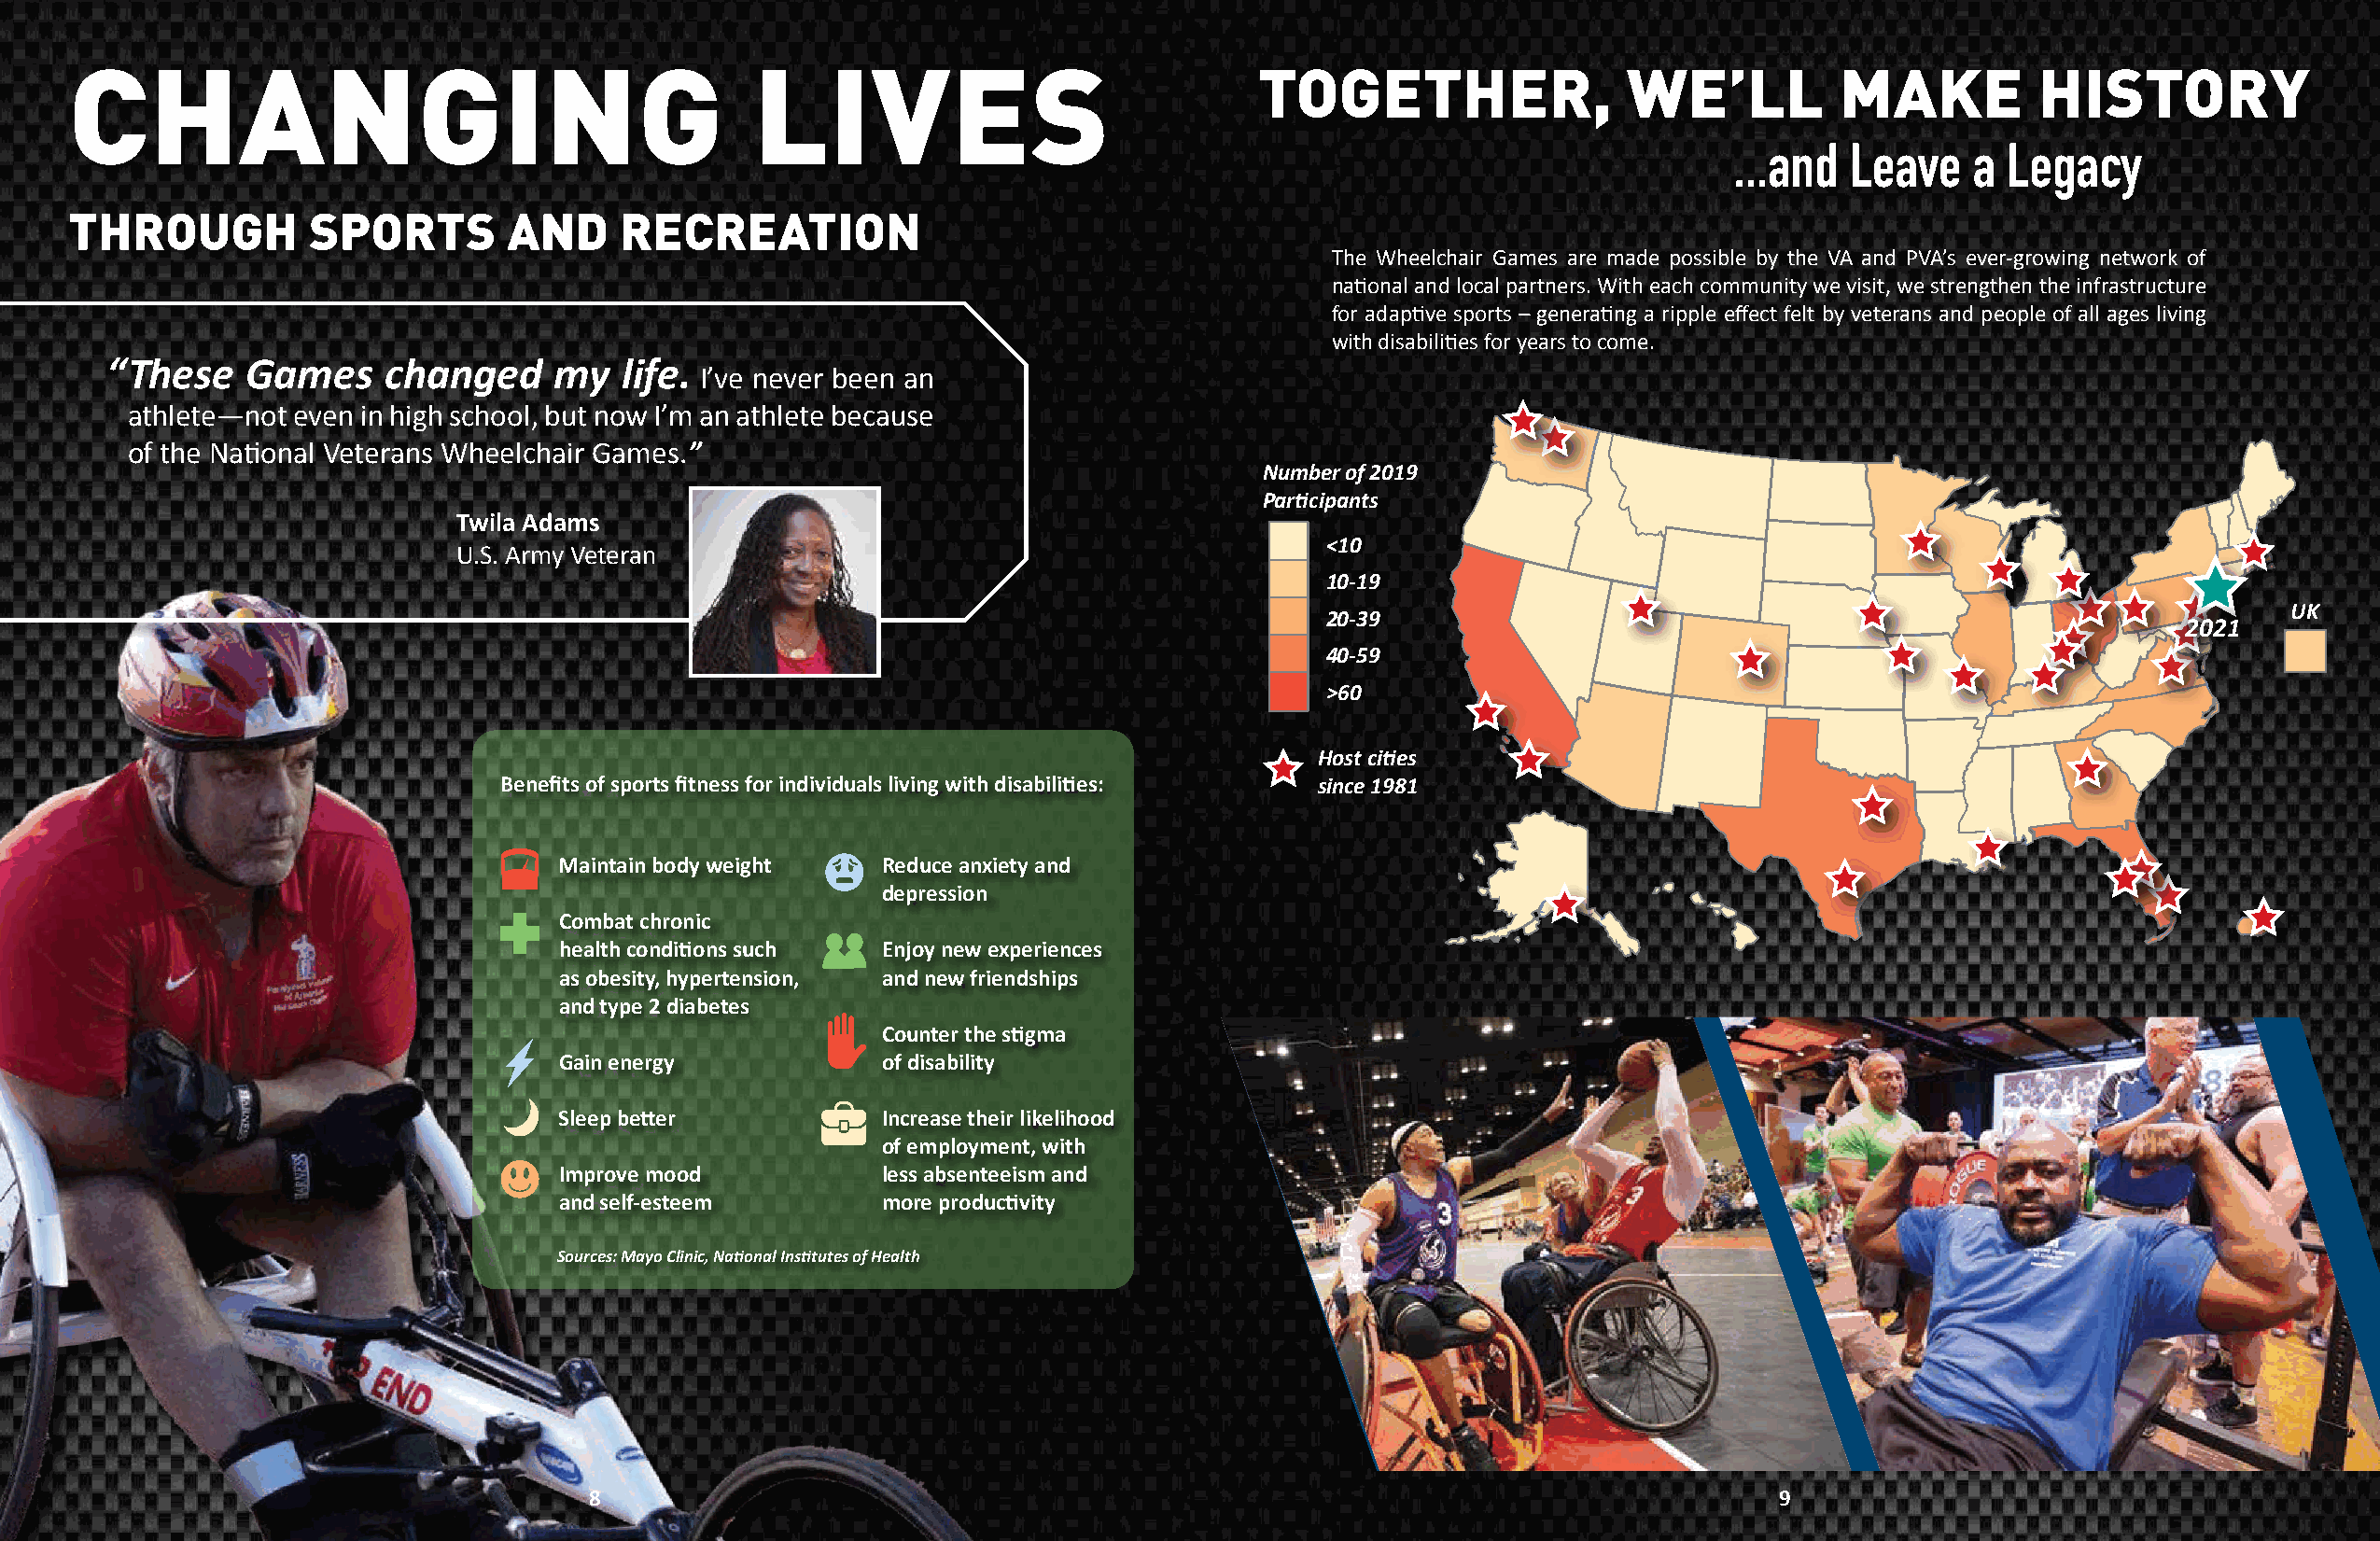
CHANGING                                        LIVES
 THROUGH          SPORTS        AND     RECREATION
 The Wheelchair Games are made possible by the VA and PVA’s ever-growing network of
 national and local partners. With each community we visit, we strengthen the infrastructure
 for adaptive sports – generating a ripple effect felt by veterans and people of all ages living
 with disabilities for years to come.
 “ These  Games     changed     my   life.
 I’ve never been an
 athlete—not even in high school, but now I’m an athlete because
 of the National Veterans Wheelchair Games.”
 Number of 2019
 Participants
 Twila Adams
 <10
 U.S. Army Veteran
 10-19
 UK
 20-39
 2021
 40-59
 >60
 Host cities
 Benefits of sports fitness for individuals living with disabilities: since 1981
 Maintain body weight   Reduce anxiety and
 depression
 Combat chronic
 health conditions such Enjoy new experiences
 as obesity, hypertension, and new friendships
 and type 2 diabetes
 Counter the stigma
 Gain energy            of disability
 Sleep better           Increase their likelihood
 of employment, with
 Improve mood           less absenteeism and
 and self-esteem        more productivity
 Sources: Mayo Clinic, National Institutes of Health
 8                                                                                   9